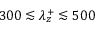
3 0 0 \lesssim \lambda _ { z } ^ { + } \lesssim 5 0 0